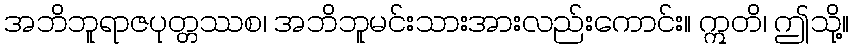
အဘိဘူရာဇပုတ္တဿစ၊ အဘိဘူမင်းသားအားလည်းကောင်း။ ဣတိ၊ ဤသို့။